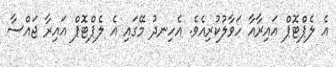
އެ ލެޕްޓޮޕް އައިރާއާ ހަވާލުކުރިއެވެ. އެހިނދު މޭގައި އެ ލެޕްޓޮޕް އައިރާ ޖައްސާ